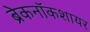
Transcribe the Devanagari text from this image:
ब्रेकनॉकशायर